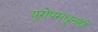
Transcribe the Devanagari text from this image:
युरोपमधूनही